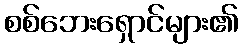
စစ်ဘေးရှောင်များ၏